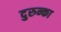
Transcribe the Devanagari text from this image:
दुरुन्का